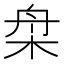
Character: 㭧